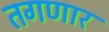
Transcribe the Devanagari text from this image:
तगणार